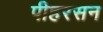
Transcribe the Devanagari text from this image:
पीहरसन